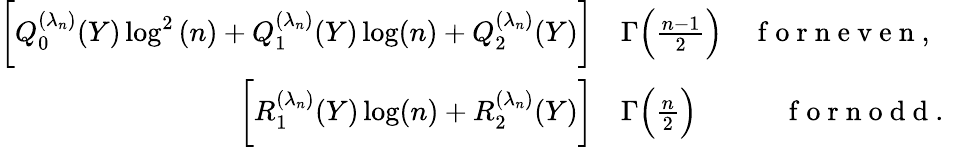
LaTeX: \begin{array}{rl}{\bigg[Q_{0}^{(\lambda_{n})}(Y)\log^{2}{(n)}+Q_{1}^{(\lambda_{n})}(Y)\log(n)+Q_{2}^{(\lambda_{n})}(Y)\bigg]}&{{}\Gamma\Big(\frac{n-1}{2}\Big)\quad\mathrm{~f~o~r~n~e~v~e~n~,~}}\\ {\bigg[R_{1}^{(\lambda_{n})}(Y)\log(n)+R_{2}^{(\lambda_{n})}(Y)\bigg]}&{{}\Gamma\Big(\frac{n}{2}\Big)\quad\qquad\mathrm{~f~o~r~n~o~d~d~.~}}\end{array}